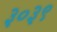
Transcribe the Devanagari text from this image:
३०३९